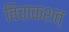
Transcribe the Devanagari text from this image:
विचाकशत्